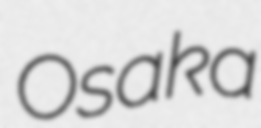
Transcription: Osaka